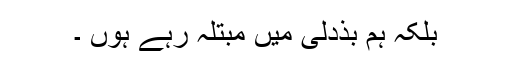
بلکہ ہم بذدلی میں مبتلہ رہے ہوں ۔